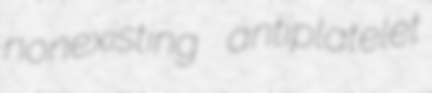
nonexisting antiplatelet